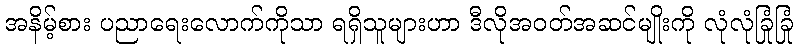
အနိမ့်စား ပညာရေးလောက်ကိုသာ ရရှိသူများဟာ ဒီလိုအဝတ်အဆင်မျိုးကို လုံလုံခြုံခြုံ